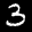
Label: 3